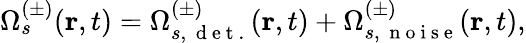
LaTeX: \Omega_{s}^{(\pm)}(\textbf{r},t)=\Omega_{s,\, \mathrm{~d~e~t~.~}}^{(\pm)}(\textbf{r},t)+\Omega_{s,\, \mathrm{~n~o~i~s~e~}}^{(\pm)}(\textbf{r},t),